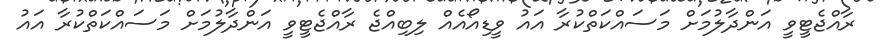
ރާއްޖެޓީވީ އަންދާލުމަށް މަސައްކަތްކުރާ އައު ވީޑިއޯއެއް ލިބިއްޖެ ރާއްޖެޓީވީ އަންދާލުމަށް މަސައްކަތްކުރާ އައު